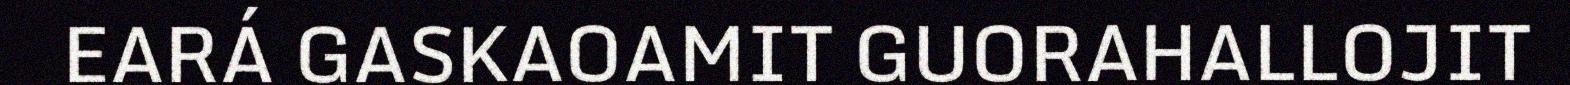
EARÁ GASKAOAMIT GUORAHALLOJIT